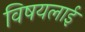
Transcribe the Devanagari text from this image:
विषयलाई